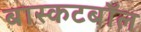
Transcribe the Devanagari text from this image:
बास्कटबॉल